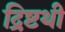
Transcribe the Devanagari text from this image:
द्रिष्टथी